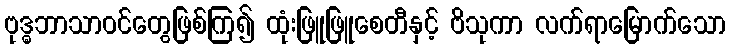
ဗုဒ္ဓဘာသာဝင်တွေဖြစ်ကြ၍ ထုံးဖြူဖြူစေတီနှင့် ဗိသုကာ လက်ရာမြောက်သော